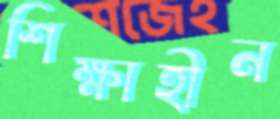
শিক্ষাহীন